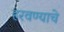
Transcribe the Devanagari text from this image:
हरवण्याचे